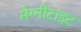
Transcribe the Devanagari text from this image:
मेग्नीटाइट